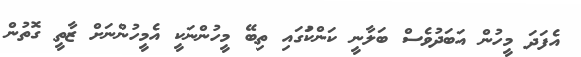
އެފަދަ މީހުން އަަބަދުވެސް ބަލާނީ ކަންކަުގައި ތިބޭ މީހުންނަކީ އެމީހުންނަށް ޒާތީ ގޮތުން